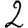
Digit: 2